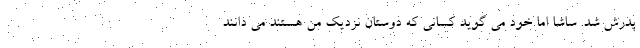
پدرش شد. ساشا اما خود می گوید کسانی که دوستان نزدیک من هستند می‌ دانند